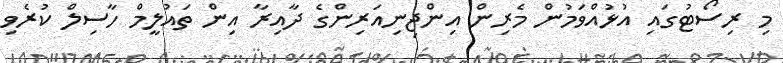
މި ރިސޯޓުގައި އުޅުއްވަމުން މެރިން އިންޖިނިއަރިންގެ ދާއިރާ އިން ތައުލީމް ހާސިލް ކުރެވި